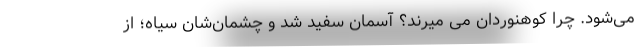
می‌شود. چرا کوهنوردان می میرند؟ آسمان سفید شد و چشمان‌شان سیاه؛ از